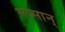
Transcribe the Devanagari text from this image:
मासान्